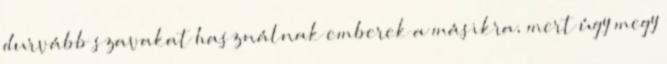
durvább szavakat használnak emberek a másikra, mert úgy megy